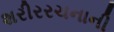
શરીરરચનાની